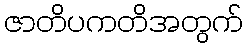
ဇာတိပကတိအတွက်